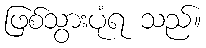
ဖြစ်သွားပုံရ သည်။